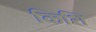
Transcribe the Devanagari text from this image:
किशि